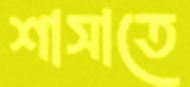
শাসাতে